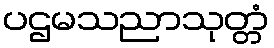
ပဌမသညာသုတ္တံ